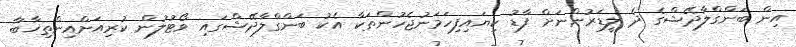
އިން ބަންގްލާދޭޝްގެ ދެ ލީޑަރުންނަށް ފާޑު ކިޔައިފިހަމަނުޖެހުންތަކާ އެކު ބަންގްލާދޭޝްގައި ވޯޓުލުން ކުރިއަށްއިންތިޚާބާ